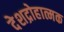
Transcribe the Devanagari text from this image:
देशद्रोहात्मक